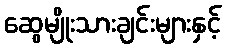
ဆွေမျိုးသားချင်းများနှင့်